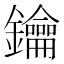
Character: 鑰